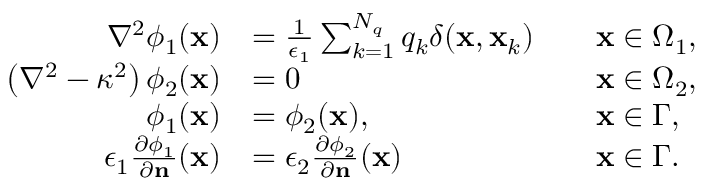
\begin{array} { r l r l } { \nabla ^ { 2 } \phi _ { 1 } ( \mathbf { x } ) } & { = \frac { 1 } { \epsilon _ { 1 } } \sum _ { k = 1 } ^ { N _ { q } } q _ { k } \delta ( \mathbf { x } , \mathbf { x } _ { k } ) } & & { \mathbf { x } \in \Omega _ { 1 } , } \\ { \left( \nabla ^ { 2 } - \kappa ^ { 2 } \right) \phi _ { 2 } ( \mathbf { x } ) } & { = 0 } & & { \mathbf { x } \in \Omega _ { 2 } , } \\ { \phi _ { 1 } ( \mathbf { x } ) } & { = \phi _ { 2 } ( \mathbf { x } ) , } & & { \mathbf { x } \in \Gamma , } \\ { \epsilon _ { 1 } \frac { \partial \phi _ { 1 } } { \partial \mathbf { n } } ( \mathbf { x } ) } & { = \epsilon _ { 2 } \frac { \partial \phi _ { 2 } } { \partial \mathbf { n } } ( \mathbf { x } ) } & & { \mathbf { x } \in \Gamma . } \end{array}